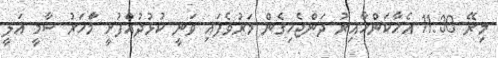
މިރޭ 11:30 އެހާކަންހާއިރު ދަންޖެހިގެން މަރުވެފައި ވަނީ ކުޅުދުއްފުށީ މާަހަރު ސާމީ އަލީ